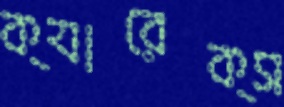
ক্যারেক্স